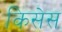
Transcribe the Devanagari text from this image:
किसेस